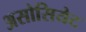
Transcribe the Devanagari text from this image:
असोसियेट